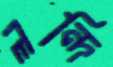
লন্দি